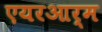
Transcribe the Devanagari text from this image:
एयरआर्म